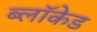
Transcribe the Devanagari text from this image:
ब्लॉकेड